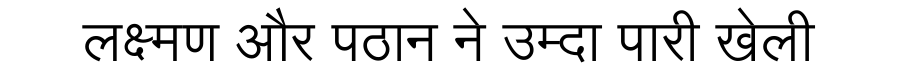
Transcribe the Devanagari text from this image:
लक्ष्मण और पठान ने उम्दा पारी खेली